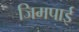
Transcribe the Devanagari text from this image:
जिमपाई